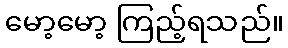
မော့မော့ ကြည့်ရသည်။